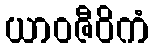
ယာဝဇီဝိကံ